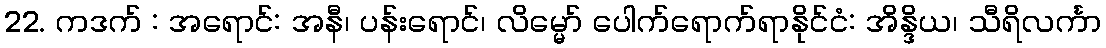
22. ကဒက် : အရောင်: အနီ၊ ပန်းရောင်၊ လိမ္မော် ပေါက်ရောက်ရာနိုင်ငံ: အိန္ဒိယ၊ သီရိလင်္ကာ